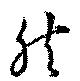
然